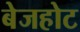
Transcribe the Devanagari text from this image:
बेजहोट